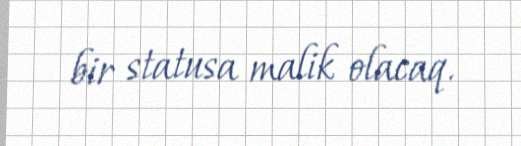
bir statusa malik olacaq.